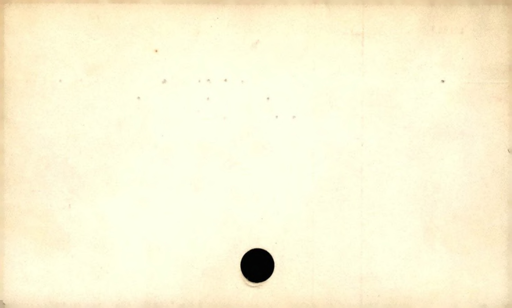
Label: blank